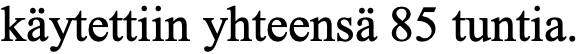
käytettiin yhteensä 85 tuntia.